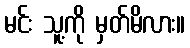
မင်း သူ့ကို မှတ်မိလား။